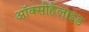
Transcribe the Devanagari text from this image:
ऑक्सीहैलाइड